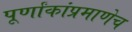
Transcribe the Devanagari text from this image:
पूर्णांकांप्रमाणेच